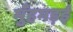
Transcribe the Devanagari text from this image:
मुँहमड़ई